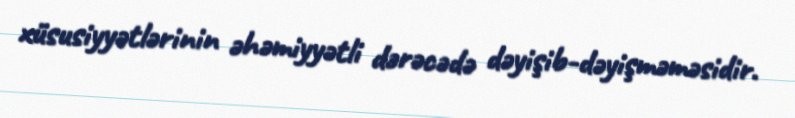
xüsusiyyətlərinin əhəmiyyətli dərəcədə dəyişib-dəyişməməsidir.